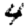
Digit: 4